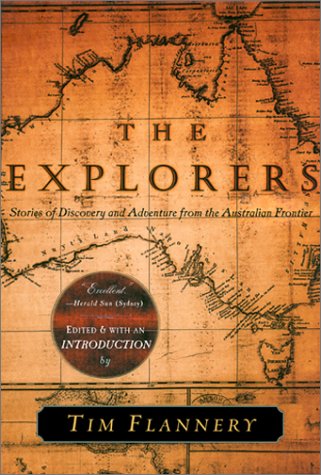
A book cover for The Explorers: Stories of Discovery and Adventure from the Australian Frontier; History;